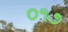
૦૧૭